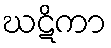
ဃဋိကာ